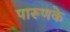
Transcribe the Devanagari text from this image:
पारूणके